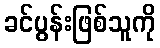
ခင်ပွန်းဖြစ်သူကို